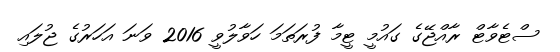
ސްޓެވާޓް ރާއްޖޭގެ ގައުމީ ޓީމާ ފުރަތަމަ ހަވާލުވީ 2016 ވަނަ އަހަރުގެ ޖުލައި